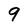
Character: 9